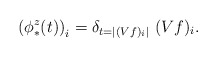
\begin{align*}\left(\phi^z_*(t)\right)_i= \delta_{t = |(Vf)_i|}~ (Vf)_i. \end{align*}